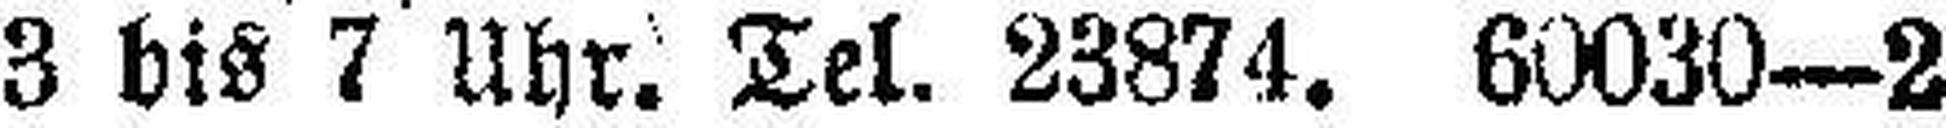
3 bis 7 Uhr. Tel. 23874. 60030—2